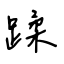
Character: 蹂